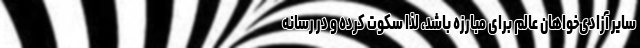
سایر آزادی‌خواهان عالم برای مبارزه باشد، لذا سکوت کرده و در رسانه